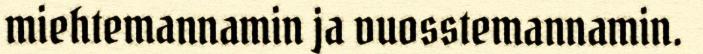
miehtemannamin ja vuosstemannamin.